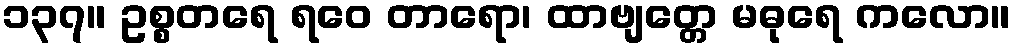
၁၃၇။ ဥစ္စတရေ ရဝေ တာရော၊ ထာဗျတ္တေ မဓုရေ ကလော။